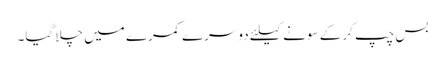
بس چپ کر کے سونے کیلئے دوسرے کمرے میں چلا گیا۔